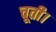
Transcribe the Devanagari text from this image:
चूती।